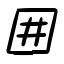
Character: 囲